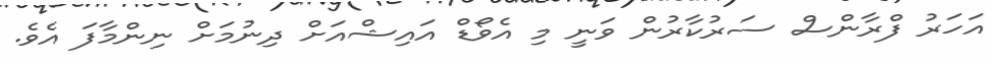
އަހަރު ފްރާންސް ސަރުކާރުން ވަނީ މި އެވޯޑް އައިޝްއަށް ދިނުމަށް ނިންމާފަ އެވެ.